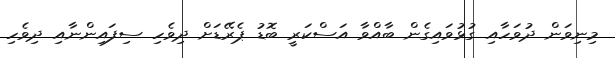
މިނިވަން ދުވަހާއި ގުޅުވައިގެން ބާއްވާ އަސްކަރީ ބޮޑު ޕެރޭޑަށް ދިވެހި ސިފައިންނާއި ދިވެހި